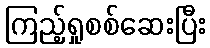
ကြည့်ရှုစစ်ဆေးပြီး